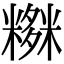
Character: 𥼫